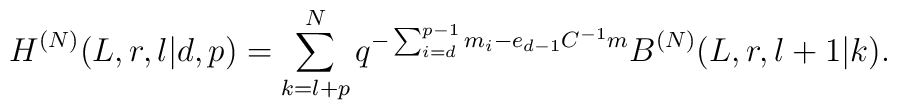
H^{(N)}(L,r,l|d,p)=\sum_{k=l+p}^N q^{-\sum_{i=d}^{p-1}m_i-e_{d-1}C^{-1}m} B^{(N)}(L,r,l+1|k).